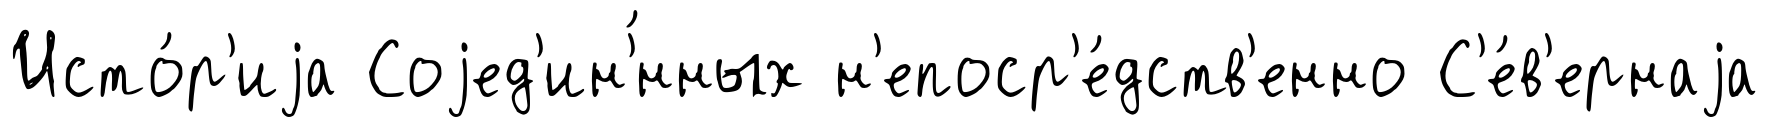
Исто́р'иjа Соjед'ин'́нных н'епоср'е́дств'енно С'е́в'ернаjа